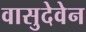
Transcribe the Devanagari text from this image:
वासुदेवेन